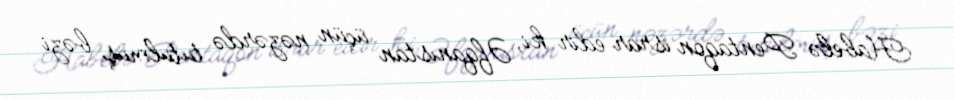
Habelə Pentaqon israr edir ki, Əfqanıstan üçün nəzərdə tutulmuş bəzi